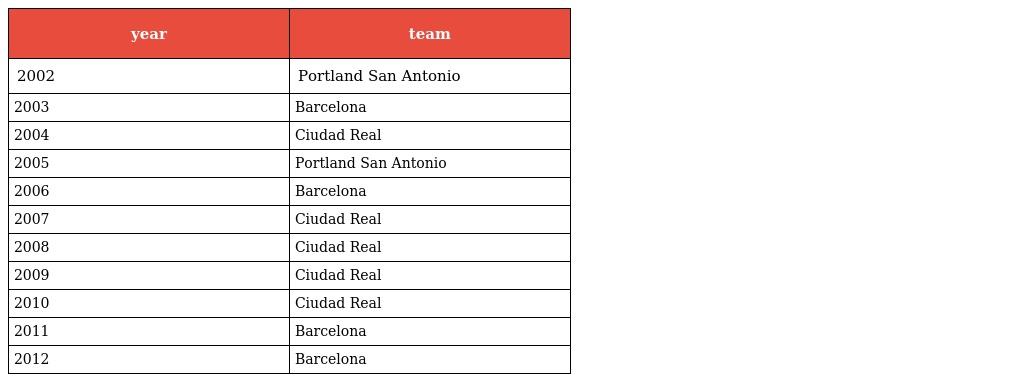
| year | team |
 | --- | --- |
 | 2002 | Portland San Antonio |
 | 2003 | Barcelona |
 | 2004 | Ciudad Real |
 | 2005 | Portland San Antonio |
 | 2006 | Barcelona |
 | 2007 | Ciudad Real |
 | 2008 | Ciudad Real |
 | 2009 | Ciudad Real |
 | 2010 | Ciudad Real |
 | 2011 | Barcelona |
 | 2012 | Barcelona |